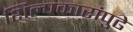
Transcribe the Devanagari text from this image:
शिल्पकारांपुढे